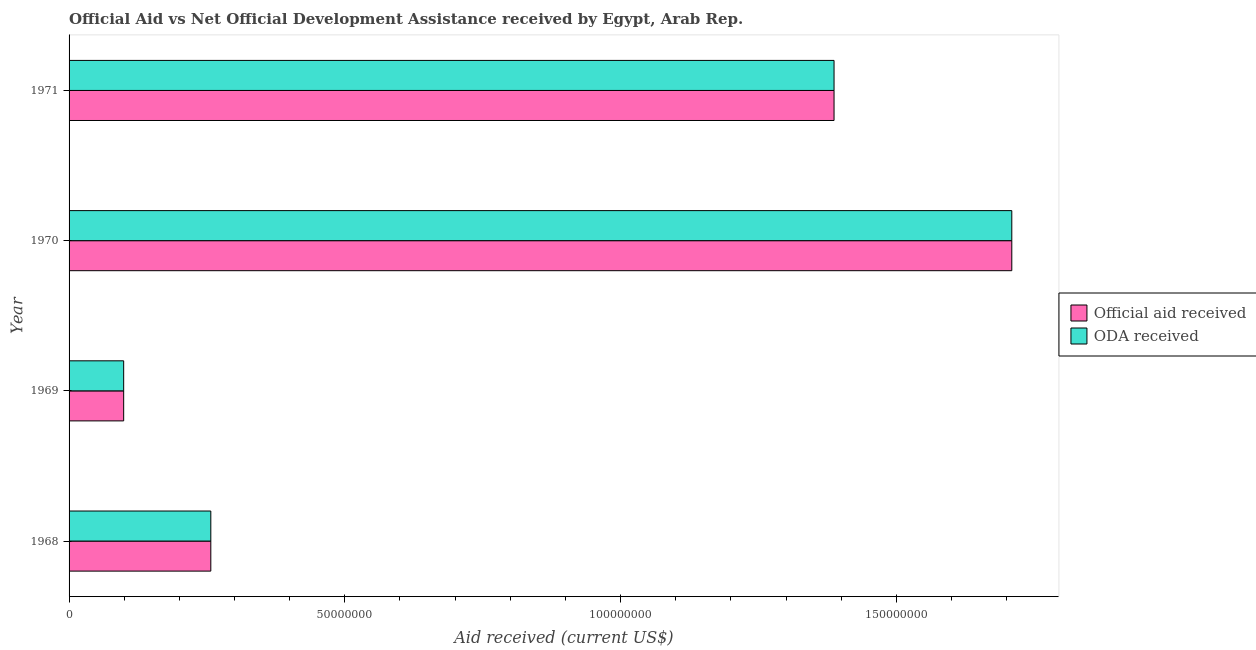
| Year | Official aid received | ODA received |
 | --- | --- | --- |
 | 1968 | 2.57e+07 | 2.57e+07 |
 | 1969 | 9.9e+06 | 9.9e+06 |
 | 1970 | 1.71e+08 | 1.71e+08 |
 | 1971 | 1.39e+08 | 1.39e+08 |